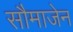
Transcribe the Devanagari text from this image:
सौमाजेन